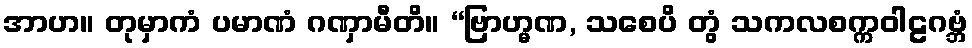
အာဟ။ တုမှာကံ ပမာဏံ ဂဏှာမီတိ။ “ဗြာဟ္မဏ, သစေပိ တွံ သကလစက္ကဝါဠဂဗ္ဘံ